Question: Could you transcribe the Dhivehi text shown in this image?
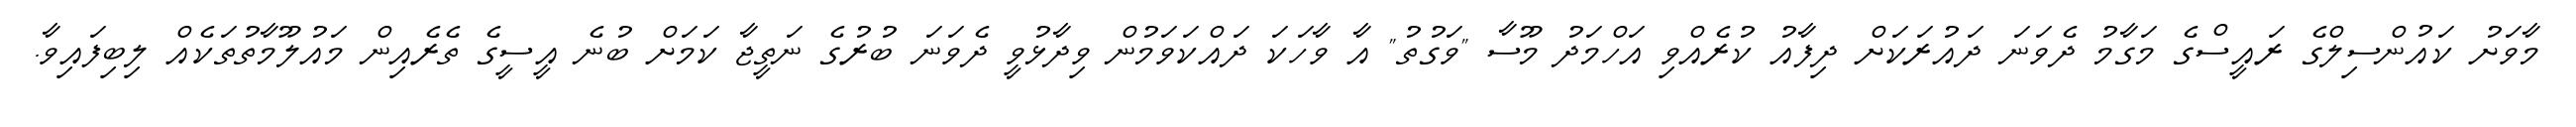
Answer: މާވަށު ކައުންސިލްގެ ރައީސްގެ މަގާމު ދެވަނަ ދައުރަކަށް ދިފާއު ކުރެއްވި އަހްމަދު މޫސާ "ވަގުތު" އާ ވާހަކަ ދައްކަވަމުން ވިދާޅުވީ ދެވަނަ ބުރުގެ ނަތީޖާ ކަމަށް ބުނެ އީސީގެ ތެރެއިން މައުލޫމާތުތަކެއް ލިބިފައިވާ.